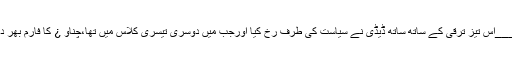
____اس تیز ترقی کے ساتھ ساتھ ڈیڈی نے سیاست کی طرف رُخ کیا اورجب میں دوسری تیسری کلاس میں تھا،چناو ¿ کا فارم بھر دیا ۔